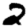
Digit: 2